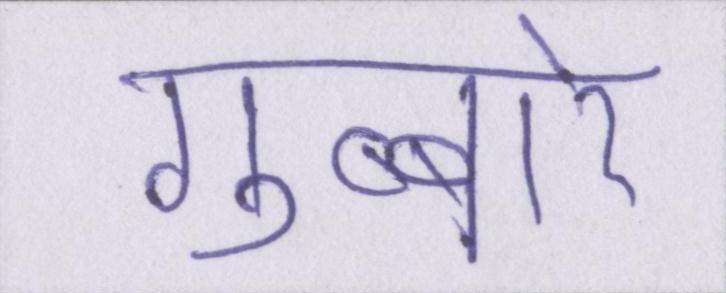
गुब्बारे